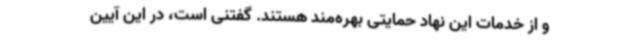
و از خدمات این نهاد حمایتی بهره‌مند هستند. گفتنی است، در این آیین